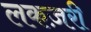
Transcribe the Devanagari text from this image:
लकज़री